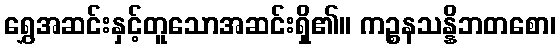
ရွှေအဆင်းနှင့်တူသောအဆင်းရှိ၏။ ကဉ္စနသန္နိဘတစော၊